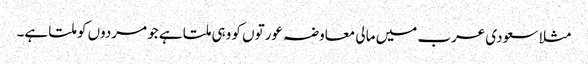
مثلا سعودی عرب میں مالی معاوضہ عورتوں کو وہی ملتا ہے جو مردوں کو ملتا ہے۔